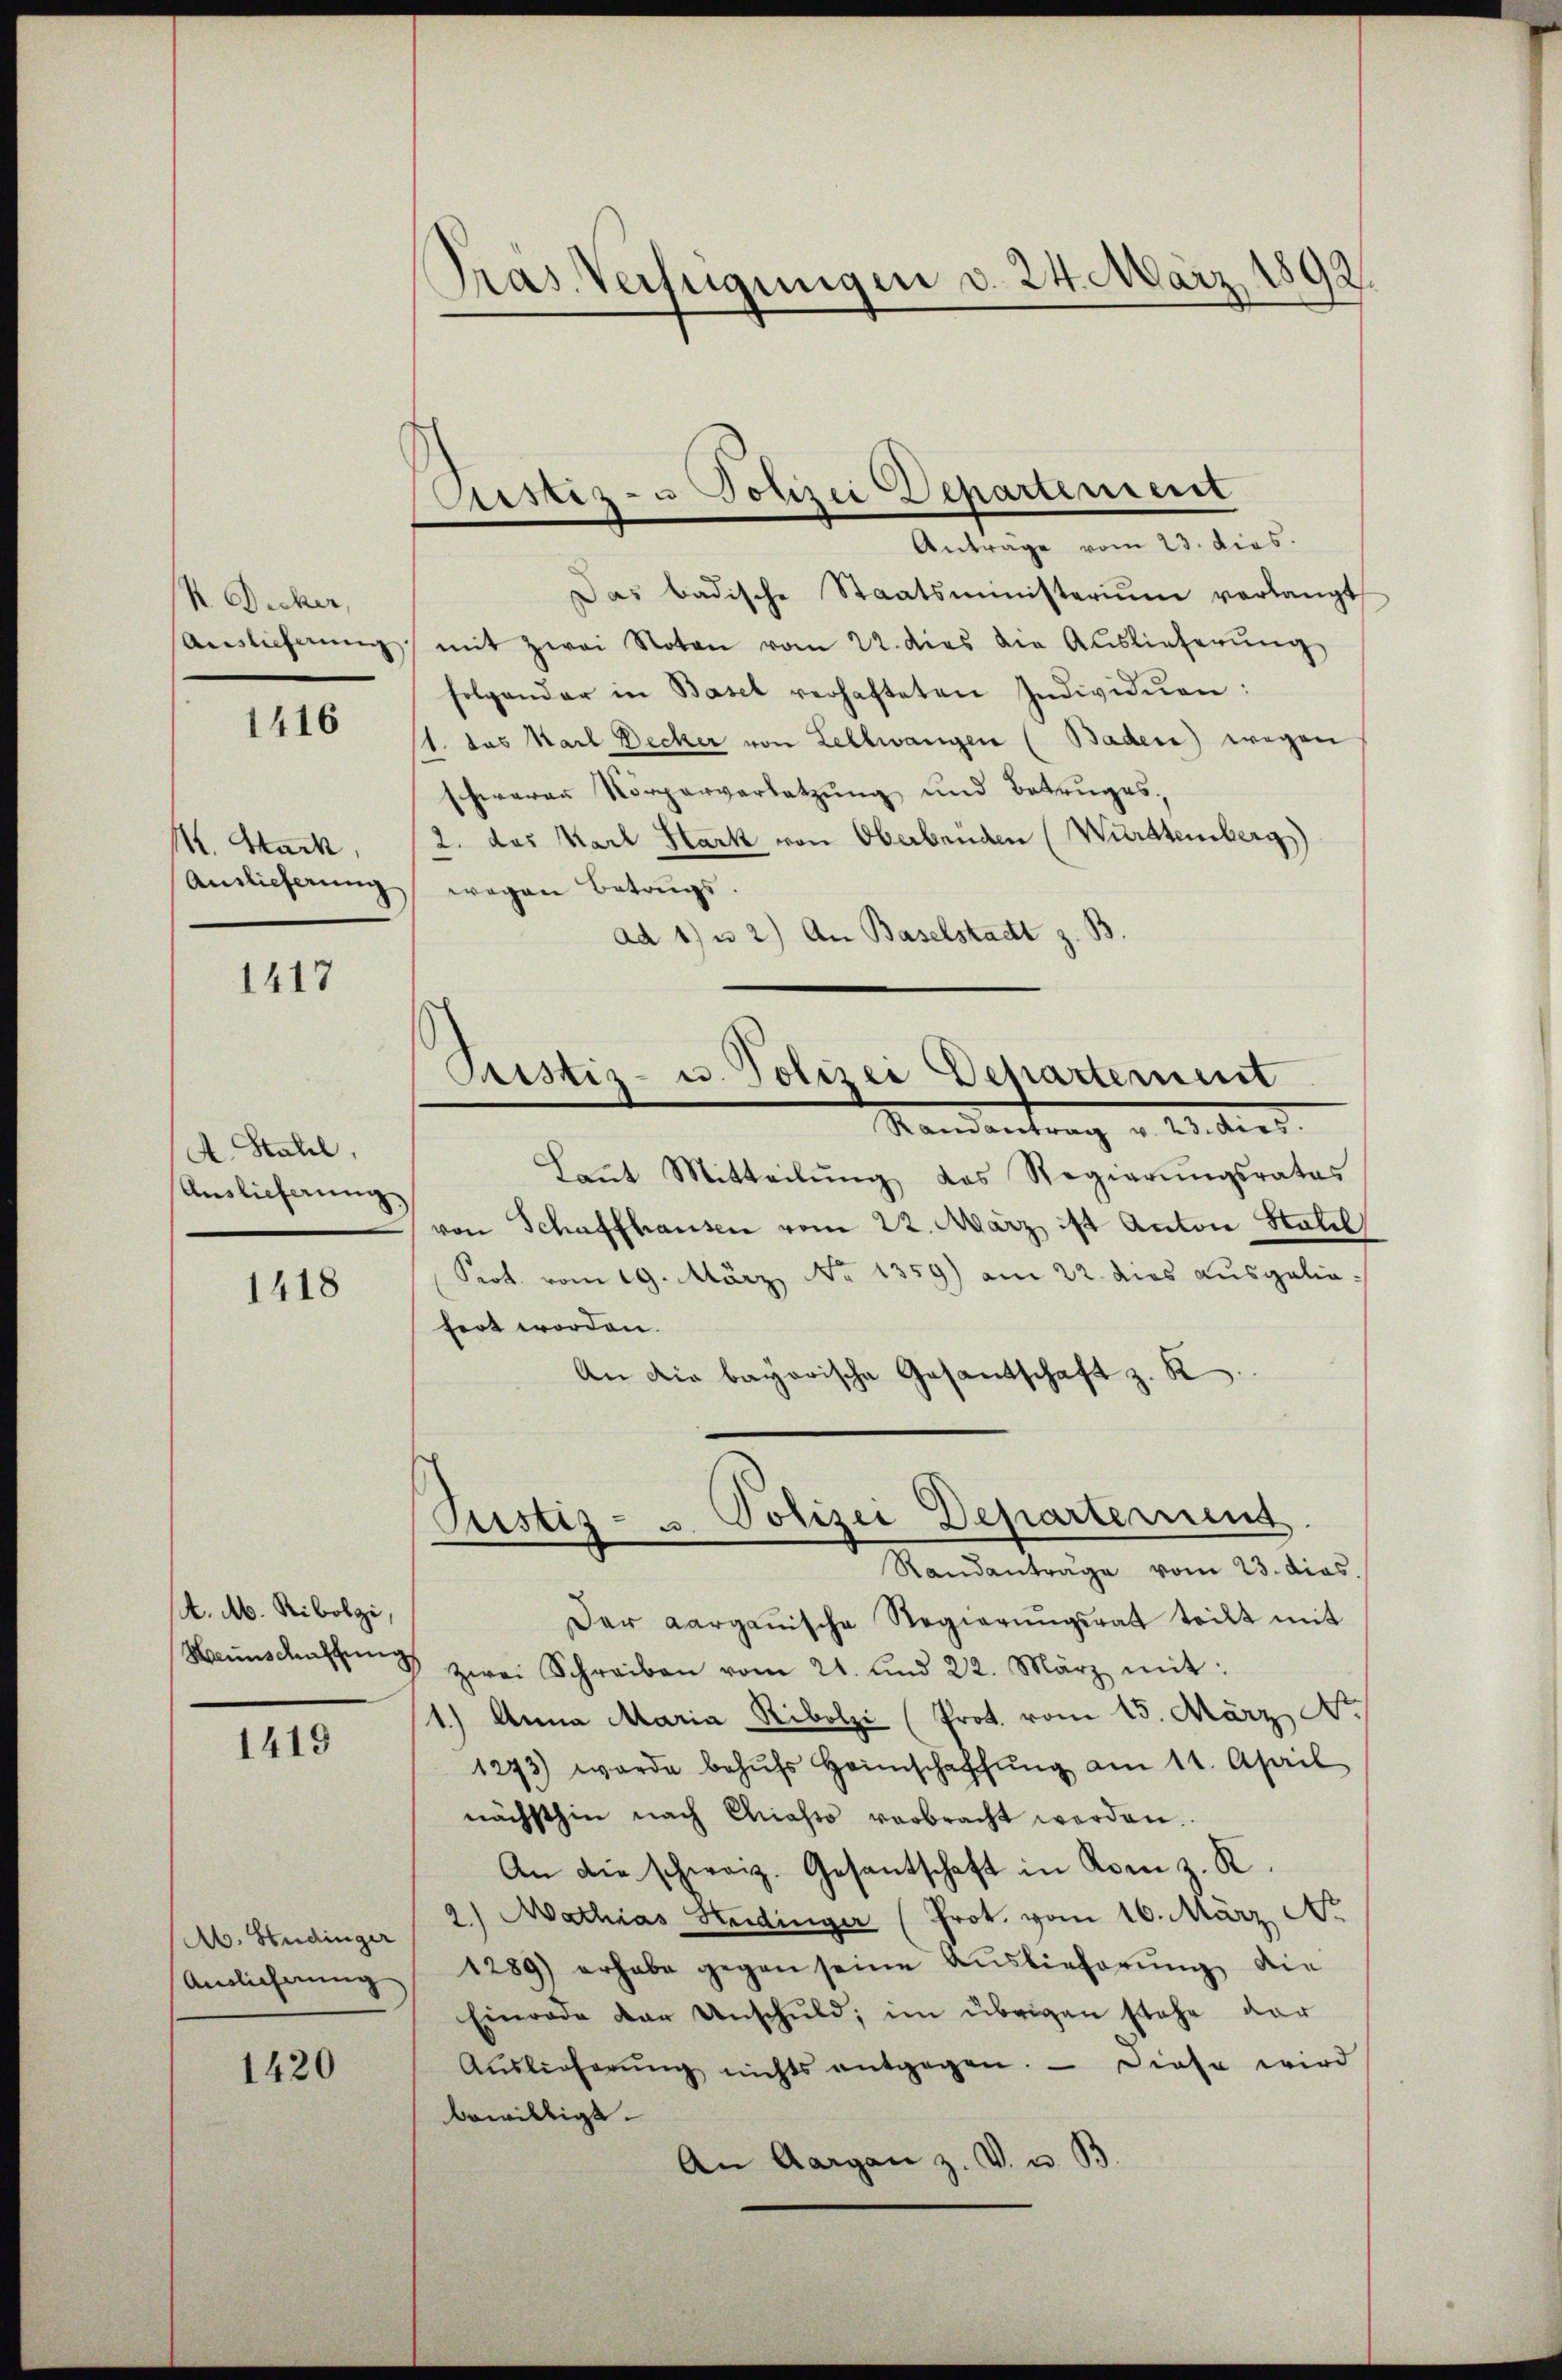
Ducker,
Auslieferung

1416

k. Stack,
Auslieferung

1417

A. Stahel,
Auslieferung,

1418

A. M. Ribolzi,
Hannschaffung

1419

Ab. Studinger
Aunlicherung

1420

Pras Verfügungen d. 24. März 1892

ustiz- u Polizei Departement
Anträge vom 23. dies.

Das badische Staatsministerium verlangt
mit zwei Noten vom 22. dies die Auslieferung
folgender in Basel verhafteten Individuen:
1. das Karl Decker von Lellwangen (Baden) wegen
schweren Körperversatzung und Betruges,
2. das Karl Hark von Oberbrüden (Württemberg)
wegen Betrugs.
ad 1) u. 2) An Baselstadt z. B
Standentrag v. 2. dies
Laṅt Mitteilŭng das Regierŭngsrates
von Schaffhausen vom 22. März ist Anton Statil
Prot. vom 19. März No 1359) am 22. dies ausgeliefert worden.
An die bayerische Gesantschaft z. K
Justiz- u. Polizei Departement
Randanträge vom 23. dies
Der Aargauische Regierŭngsrat teilt mit
 zwei Schreiben vom 21. und 22. März mit:
1.) Anna Maria Ribolzi (Prot. vom 15. März No.
1273) werde behŭfs Heimschaffŭng am 11. April
nächsthin nach Chiasso verbracht werden.
An die schweiz. Gesantschaft in Konn z. R.
2) Mathias Haidinger (Prot. vom 16. März Nr.
1289) erhabe gegen seine Aŭslieferŭng die
Einrade der Unschuld, im übrigen stehe dar
Aŭslieferŭng nichts entgegen. - Diese wird
bewilligt.
An Aargau z. V. u. B

Pristiz- u. Polizei Departement